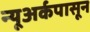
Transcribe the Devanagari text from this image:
न्यूअर्कपासून